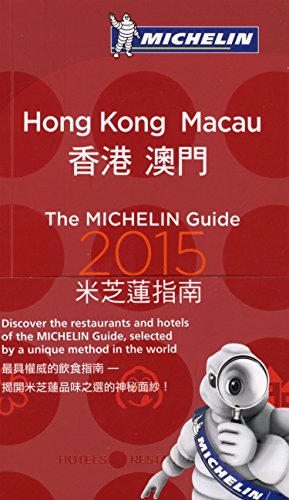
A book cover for MICHELIN Guide Hong Kong & Macau 2015: Descriptions for Every Restaurant and Hotel (Michelin Guide/Michelin); Michelin; Travel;